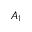
A _ { 1 }